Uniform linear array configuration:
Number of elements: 64
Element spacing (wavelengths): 0.5
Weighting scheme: exponential
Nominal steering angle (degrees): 45
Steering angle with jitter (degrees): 46.812
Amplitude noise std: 0.05
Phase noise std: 0.05

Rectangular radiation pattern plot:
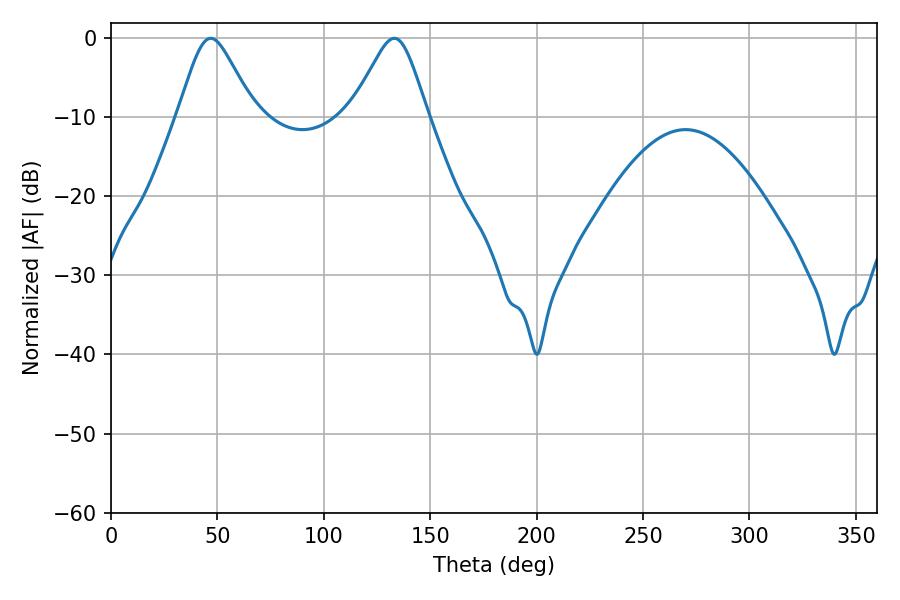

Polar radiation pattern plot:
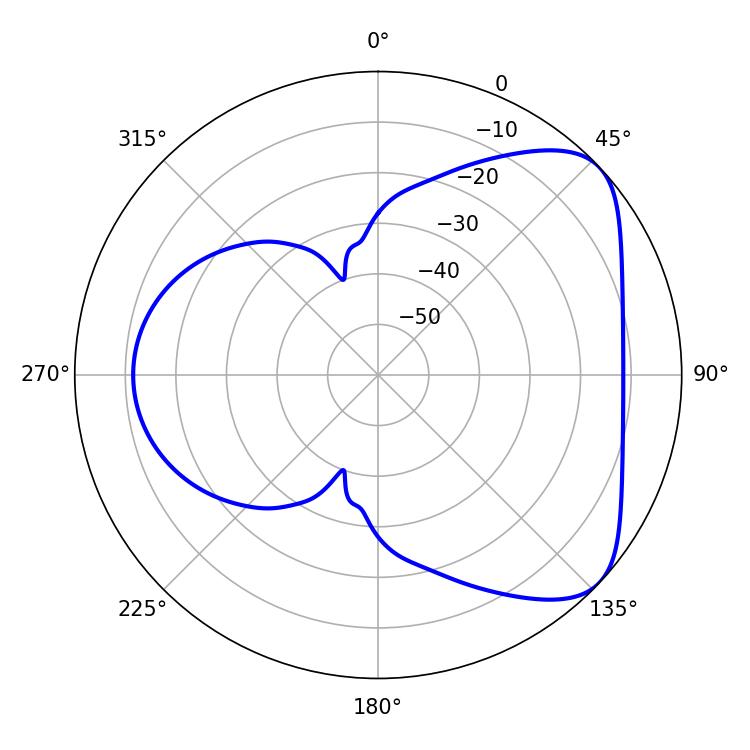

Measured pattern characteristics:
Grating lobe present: FALSE
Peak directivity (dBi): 5.768
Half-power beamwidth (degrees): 17.28
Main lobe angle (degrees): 46.8